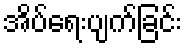
အိပ်ရေးပျက်ခြင်း